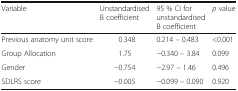
<table><thead><tr><td><b>Variable</b></td><td><b>Unstandardised B coefficient</b></td><td><b>95 % CI for unstandardised B coefficient</b></td><td><b><i>p</i> value</b></td></tr></thead><tbody><tr><td>Previous anatomy unit score</td><td>0.348</td><td>0.214 – 0.483</td><td>&lt;0.001</td></tr><tr><td>Group Allocation</td><td>1.75</td><td>−0.340 – 3.84</td><td>0.099</td></tr><tr><td>Gender</td><td>−0.754</td><td>−2.97 – 1.46</td><td>0.496</td></tr><tr><td>SDLRS score</td><td>−0.005</td><td>−0.099 – 0.090</td><td>0.920</td></tr></tbody></table>